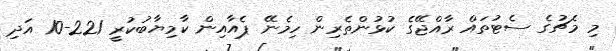
މި މެޗުގެ ސެޓުތައް ރާއްޖޭގެ ކުޅުންތެރިން ހިމެނޭ ޕެއާއިން ކާމިޔާބުކުރީ 221-10 އަދި